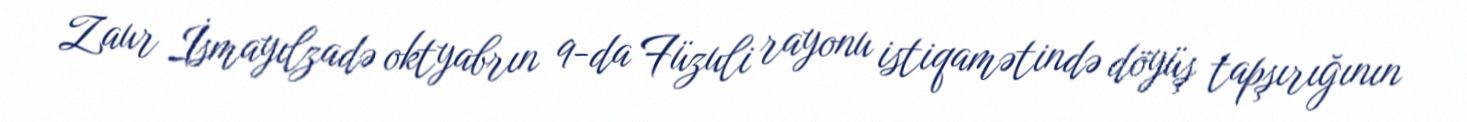
Zaur İsmayılzadə oktyabrın 9-da Füzuli rayonu istiqamətində döyüş tapşırığının